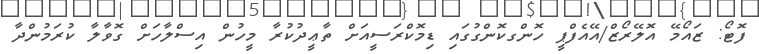
ފޮޓޯ: ޒައޯމޭ އޮލޭރޯޒް/އޭއެފްޕީ ހޮންގކޮންގުގައި ޑިމޮކްރަސީއަށް ތާޢީދުކުރާ މީހުން އިސްލާހަށް ގޮވާލާ ކުރަމުންދާ